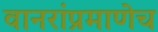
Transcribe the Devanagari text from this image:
वानरांप्रमाणेच